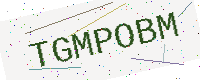
Text: TGMPOBM